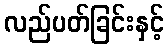
လည်ပတ်ခြင်းနှင့်